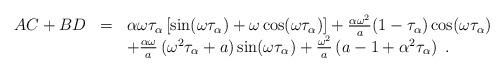
LaTeX: \begin{align*}\displaystyle\begin{array}{lcl}AC+BD &=& \alpha\omega \tau_\alpha\left[\sin(\omega \tau_\alpha)+\omega\cos(\omega \tau_\alpha)\right]+\frac{\alpha\omega^2}{a}(1-\tau_\alpha)\cos(\omega \tau_\alpha)\\& & +\frac{\alpha\omega}{a} \left(\omega^2 \tau_\alpha+a\right)\sin(\omega \tau_\alpha) +\frac{\omega^2}{a}\left(a-1+\alpha^2 \tau_\alpha\right)\;.\end{array}\end{align*}